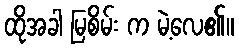
ထိုအခါ မြစိမ်း က မဲ့လေ၏။